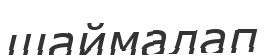
шаймалап